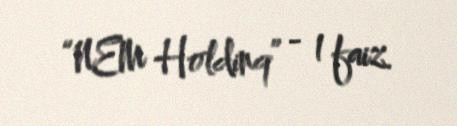
“NEM Holdinq” - 1 faiz.